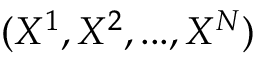
( X ^ { 1 } , X ^ { 2 } , . . . , X ^ { N } )